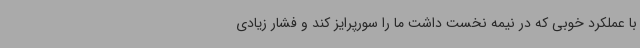
با عملکرد خوبی که در نیمه نخست داشت ما را سورپرایز کند و فشار زیادی